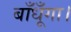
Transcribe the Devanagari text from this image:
बाँधूँगा।